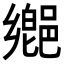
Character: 𨝅